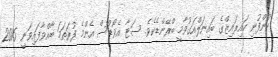
ކުންފުނި ހައިރައިޒްގެ ބައިނަލްއަގުވާމީ ބްރޭންޑެކެވެ. ސަޓާ އެވޯޑްސް އެންމެ ފުރަތަމަ ބާއްވާފައިވަނީ 2016